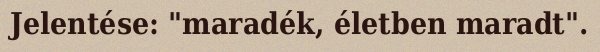
Jelentése: "maradék, életben maradt".